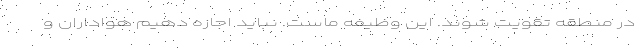
در منطقه تقویت شوند. این وظیفه ماست. نباید اجازه دهیم هواداران و